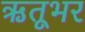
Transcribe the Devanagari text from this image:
ऋतूभर